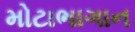
મોટાભાગાન